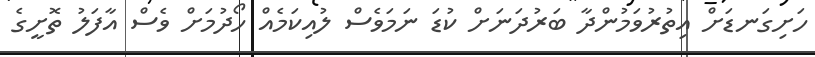
ހަށިގަނޑަށް އިތުރުވަމުންދާ ބަރުދަނަށް ކުޑަ ނަމަވެސް ލުއިކަމެއް ހޯދުމަށް ވެސް އާފަލު ތޮށީގެ